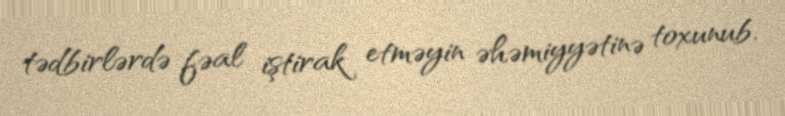
tədbirlərdə fəal iştirak etməyin əhəmiyyətinə toxunub.